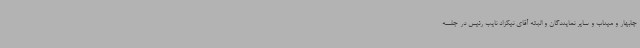
چابهار و میناب و سایر نمایندگان و البته آقای نیکزاد نایب رئیس در جلسه